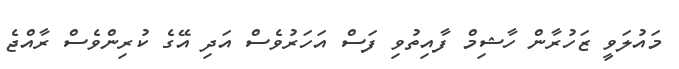
މައުލަވީ ޒަހުރާން ހާޝިމް ފާއިތުވި ފަސް އަހަރުވެސް އަދި އޭގެ ކުރިންވެސް ރާއްޖެ